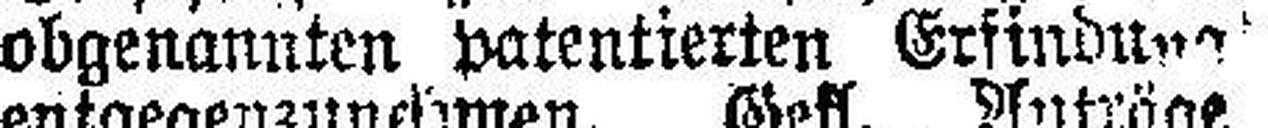
obgenannten patentierten Erfindung